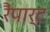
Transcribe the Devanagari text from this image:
रैंपार्ट